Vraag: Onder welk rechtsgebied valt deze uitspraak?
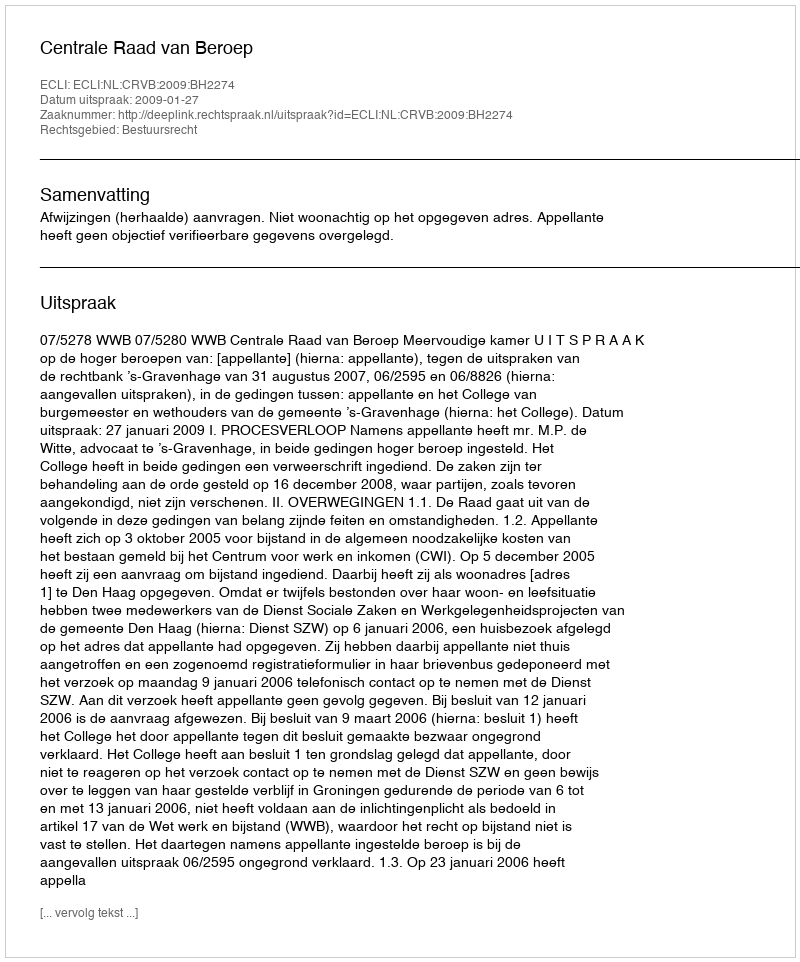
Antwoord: Bestuursrecht